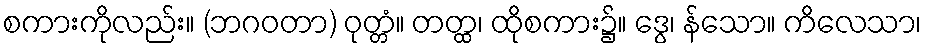
စကားကိုလည်း။ (ဘဂဝတာ) ဝုတ္တံ။ တတ္ထ၊ ထိုစကား၌။ ဒွေ၊ န်သော။ ကိလေသာ၊